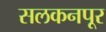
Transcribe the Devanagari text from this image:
सलकनपूर